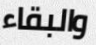
والبقاء